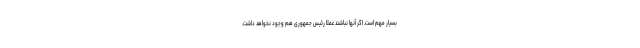
بسیار مهم است. اگر آنها نباشند عملاً رئیس جمهوری هم وجود نخواهد داشت.